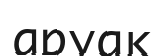
аруақ